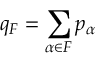
q _ { F } = \sum _ { \alpha \in F } p _ { \alpha }